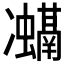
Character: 𭂨